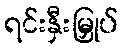
ရင်းနှီးမြှုပ်